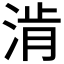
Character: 𰜀